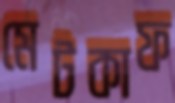
মেটকাফ